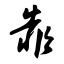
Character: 靠